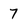
Character: 7